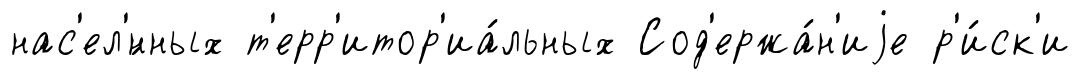
нас'ел'́нных т'ерр'итор'иа́льных Сод'ержа́н'иjе р'и́ск'и